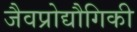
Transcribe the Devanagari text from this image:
जैवप्रोद्यौगिकी